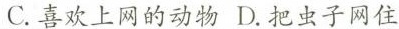
C.喜欢上网的动物 D.把虫子网住